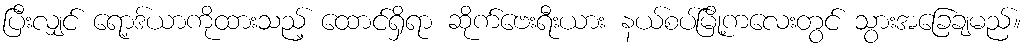
ပြီးလျှင် ရော့ဒ်ယာကိုထားသည့် ထောင်ရှိရာ ဆိုက်ဗေးရီးယား နယ်စပ်မြို့ကလေးတွင် သွားအခြေချမည်။